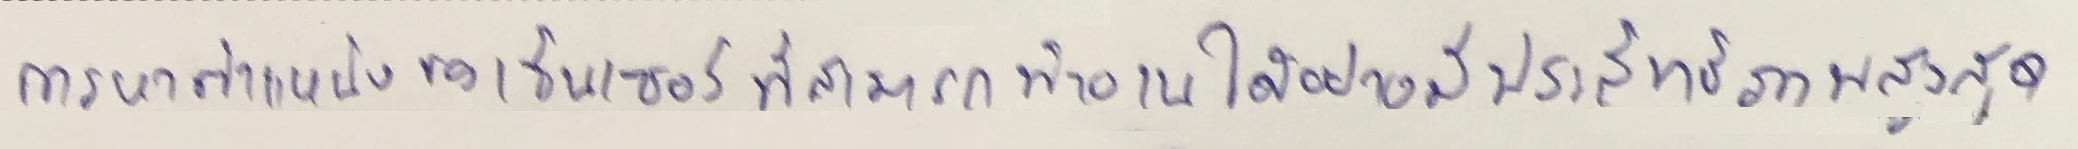
การหาตำแหน่งเซ็นเซฮร์ที่สามารถทำงานได้อย่างมีประสิทธิภาพสูงสุด